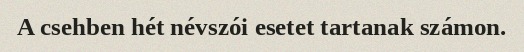
A csehben hét névszói esetet tartanak számon.